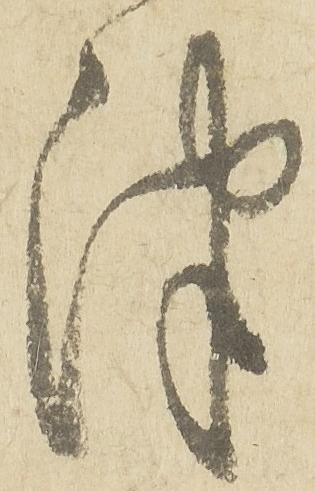
津